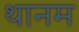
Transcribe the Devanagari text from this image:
थानम